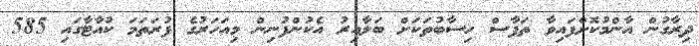
ދިރާގުން އާންމުކޮށްފައިވާ ތަފާސް ހިސާބުތަކަށް ބަލާއިރު އެކުންފުނިން މިއަހަރުގެ ފުރަތަމަ ކުއާޓާގައި 585